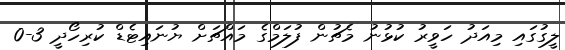
ލީގުގައި މިއަދު ހަވީރު ކުޅުނު މެޗުން ފުލަމްގެ މައްޗަށް ޔުނައިޓެޑް ކުރިހޯދީ 3-0